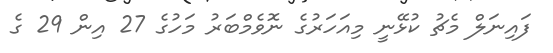
ފައިނަލް މެޗު ކުޅޭނީ މިއަހަރުގެ ނޮވެމްބަރު މަހުގެ 27 އިން 29 ގެ